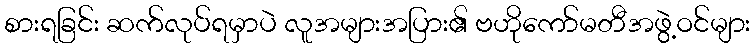
စားရခြင်း ဆက်လုပ်ရမှာပဲ လူအများအပြား၏ ဗဟိုကော်မတီအဖွဲ့ဝင်များ